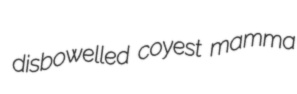
disbowelled coyest mamma